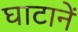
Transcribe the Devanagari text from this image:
घाटानें